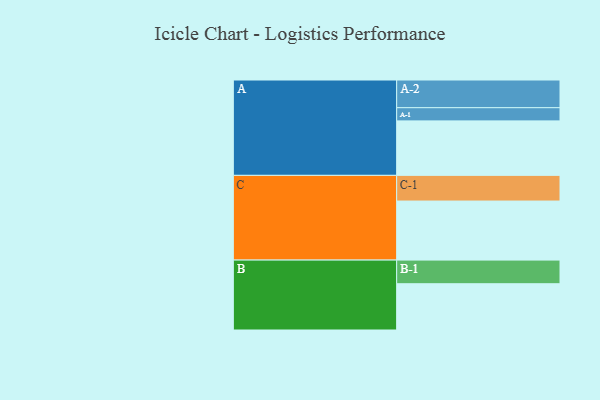
{"axis": {"x": "Segment", "y": "Value"}, "legend": ["", "A", "B", "C"], "data": [{"x": "A", "y": 537, "type": ""}, {"x": "B", "y": 456, "type": ""}, {"x": "C", "y": 582, "type": ""}, {"x": "A-1", "y": 130, "type": "A"}, {"x": "A-2", "y": 273, "type": "A"}, {"x": "B-1", "y": 233, "type": "B"}, {"x": "C-1", "y": 253, "type": "C"}]}